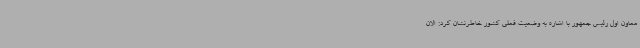
معاون اول رئیس جمهور با اشاره به وضعیت فعلی کشور خاطرنشان کرد: الان